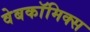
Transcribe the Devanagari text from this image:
वेबकाॅमिक्स